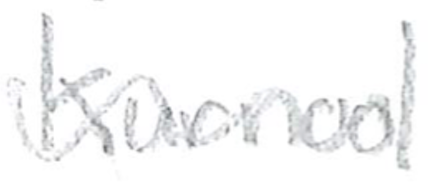
Text: Kurnool
Cross-out: wave
Writing tool: pencil